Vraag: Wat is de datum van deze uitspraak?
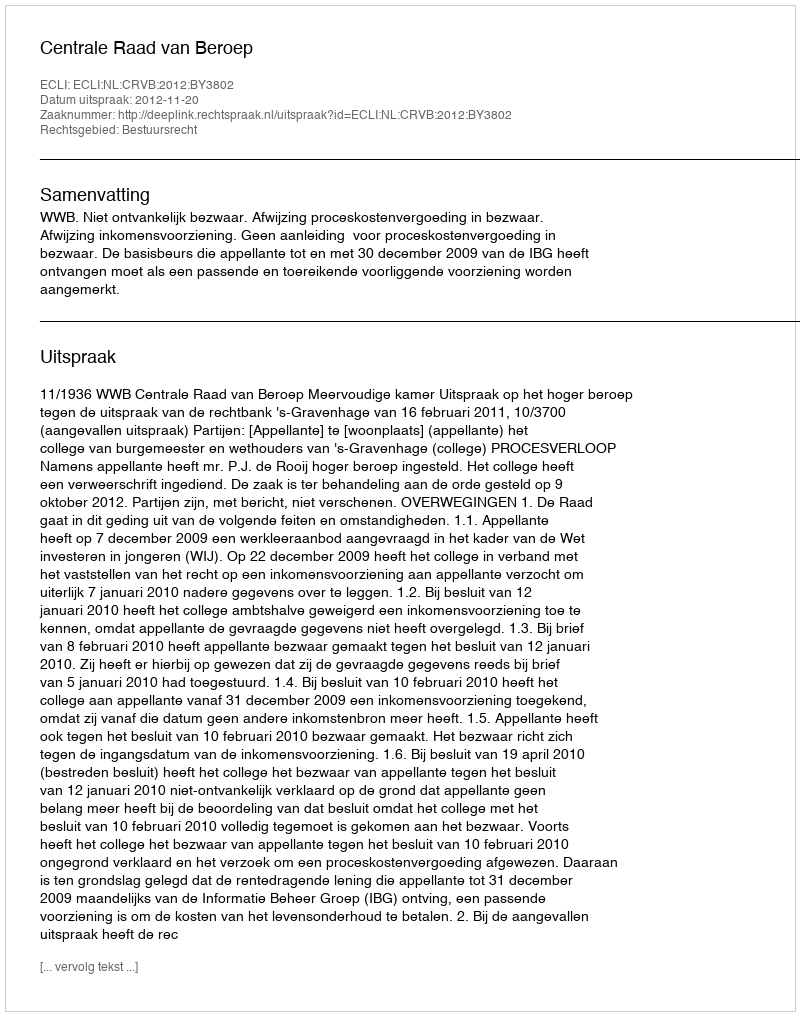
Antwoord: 2012-11-20